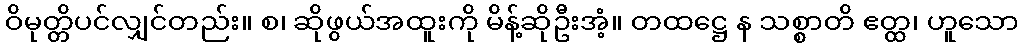
ဝိမုတ္တိပင်လျှင်တည်း။ စ၊ ဆိုဖွယ်အထူးကို မိန့်ဆိုဦးအံ့။ တထဋ္ဌေ န သစ္စာတိ ဧတ္ထ၊ ဟူသော